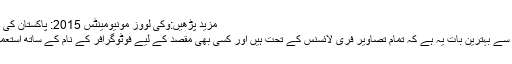
مزید پڑھیں:وکی لووز مونیومینٹس 2015: پاکستان کی دس بہترین تصاویر
اس مقابلے کی سب سے بہترین بات یہ ہے کہ تمام تصاویر فری لائسنس کے تحت ہیں اور کسی بھی مقصد کے لیے فوٹوگرافر کے نام کے ساتھ استعمال کی جاسکتی ہیں۔